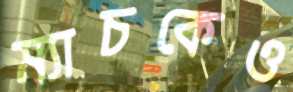
ম্যাচকেও